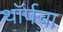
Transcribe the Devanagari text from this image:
थॉर्पचा